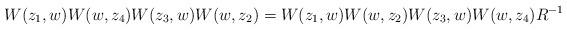
LaTeX: \begin{align*}W(z_1,w)W(w,z_4)W(z_3,w)W(w,z_2)=W(z_1,w)W(w,z_2)W(z_3,w)W(w,z_4)R^{-1}\end{align*}